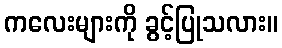
ကလေးများကို ခွင့်ပြုသလား။